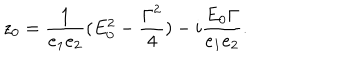
z _ { 0 } = \frac { 1 } { e _ { 1 } e _ { 2 } } ( E _ { 0 } ^ { 2 } - \frac { { \Gamma } ^ { 2 } } { 4 } ) - i \frac { E _ { 0 } { \Gamma } } { e _ { 1 } e _ { 2 } } .